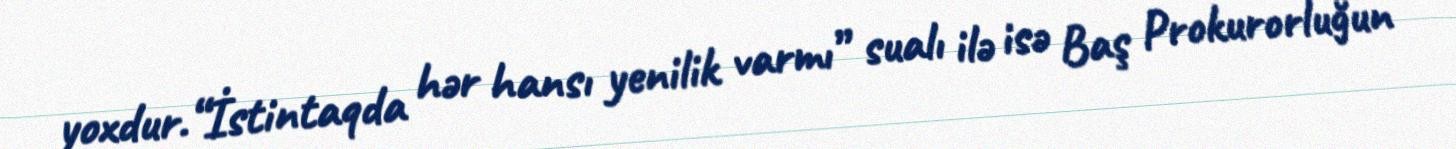
yoxdur.“İstintaqda hər hansı yenilik varmı” sualı ilə isə Baş Prokurorluğun